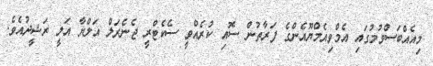
މިއެއްބަސްވުމުގައި އެމްވިއެމްޔޫއެންގެ ފަރާތުން ސޮއި ކުރެއްވީ ސެކެޓްރީ ޖެނެރަލް އަލްޔާ އަލީ ރަޝީދުއެވެ.